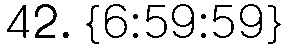
42. {6:59:59}